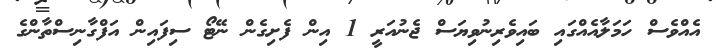
އެއްވެސް ހަމަލާއެއްގައި ބައިވެރިނުވިޔަސް ޖެނުއަރީ 1 އިން ފެށިގެން ނޭޓޯ ސިފައިން އަފްގާނިސްތާންގެ